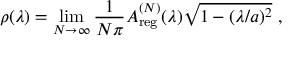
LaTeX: \rho ( \lambda ) = \operatorname * { l i m } _ { N \to \infty } \frac { 1 } { N \pi } A _ { \mathrm { r e g } } ^ { ( N ) } ( \lambda ) \sqrt { 1 - ( \lambda / a ) ^ { 2 } } \ ,